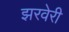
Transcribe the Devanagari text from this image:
झरवेरी